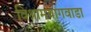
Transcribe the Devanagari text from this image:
विश्रामबागवाडा